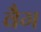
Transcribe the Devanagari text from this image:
वैग